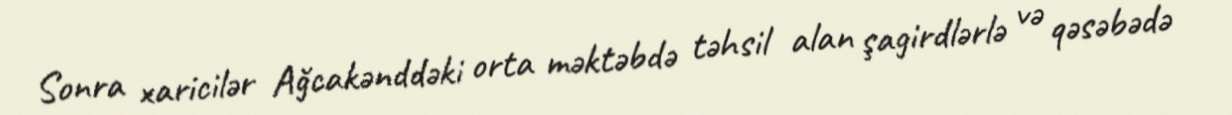
Sonra xaricilər Ağcakənddəki orta məktəbdə təhsil alan şagirdlərlə və qəsəbədə